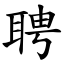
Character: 聘